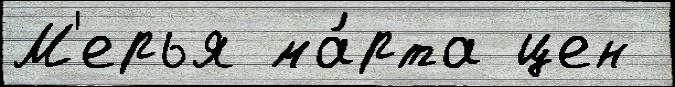
М'ерья ма́рта цен